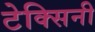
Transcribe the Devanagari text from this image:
टेक्सिनी